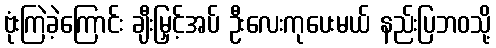
ဗုံးကြဲခဲ့ကြောင်း ချီးမြှင့်အပ် ဦးလေးကုပေးမယ် နည်းပြဘဝသို့